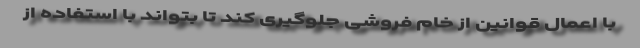
با اعمال قوانین از خام فروشی جلوگیری کند تا بتواند با استفاده از